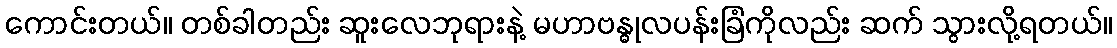
ကောင်းတယ်။ တစ်ခါတည်း ဆူးလေဘုရားနဲ့ မဟာဗန္ဓုလပန်းခြံကိုလည်း ဆက် သွားလို့ရတယ်။